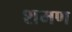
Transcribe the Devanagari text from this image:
शमण